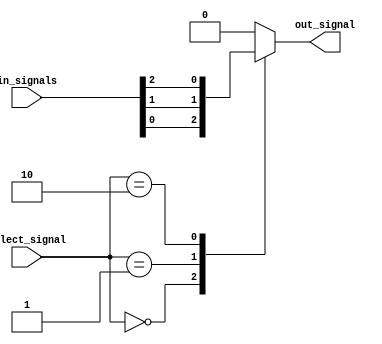
module mux_32to1 (
    input [31:0] in_signals,
    input [4:0] select_signal,
    output reg out_signal
);

always @* begin
    case (select_signal)
        5'b00000: out_signal = in_signals[0];
        5'b00001: out_signal = in_signals[1];
        5'b00010: out_signal = in_signals[2];
        // Continue with cases for all 32 input signals
        default: out_signal = 0; // Default case if select signal does not match any input
    endcase
end

endmodule